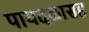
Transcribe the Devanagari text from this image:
पायदळासह